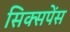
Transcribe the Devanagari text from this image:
सिक्सपेंस